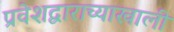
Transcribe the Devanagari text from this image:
प्रवेशद्वाराच्याखाली